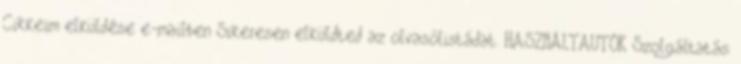
Cikkeim elküldése e-mailben Sikeresen elküldted az olvasólistádat. HASZNÁLTAUTÓK Szolgáltatás